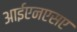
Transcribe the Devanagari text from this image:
आईएनएसए